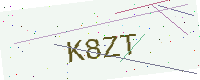
Text: K8ZT